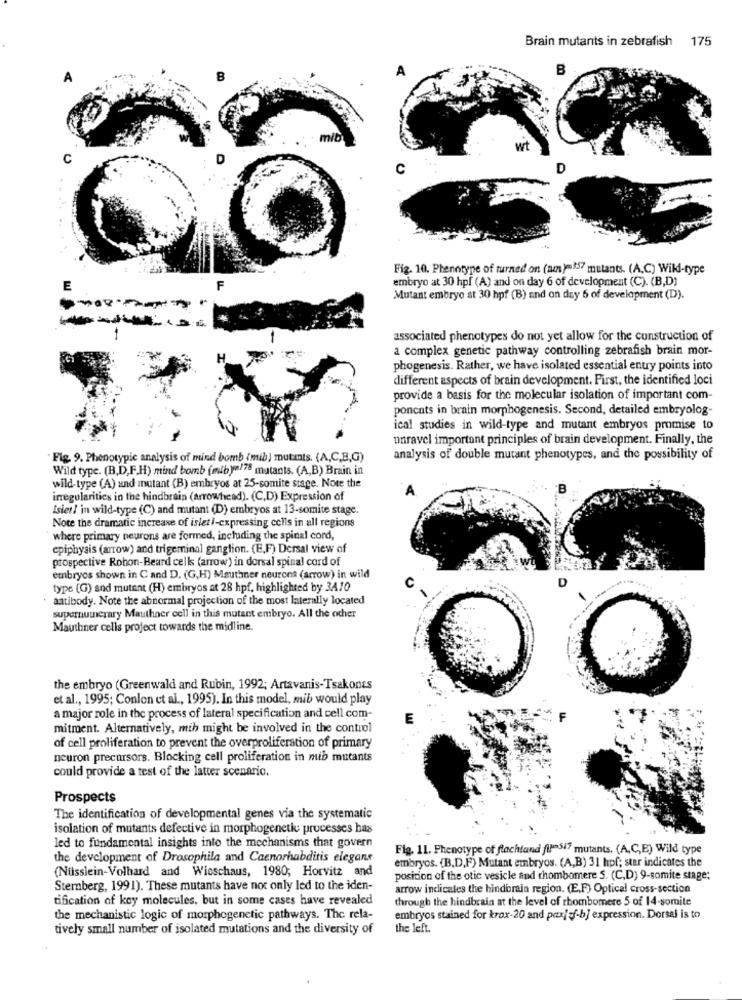
Brain mutants in zebrafish 175
A
B
C
Fig. 10. Phenotype of turned on (am )-337 mutants. (A.C) Wild-type
embryo at 30 hpf (A) and on day 6 of development (C). (B,D]
E
F
Mutant embryo st 30 hpf (B) and on day 5 of development (D).
-
associated phenotypes do not yet allow for the construction of
a complex genetic pathway controlling zebrafish brain mor-
H.
phogenesis. Rather, we have isolated essential entry points into
different aspects of brain development. First, the identified loci
provide a basis for the molecular isolation of important com-
ponents in brain morphogenesis. Second, detailed embryolog-
ical studies in wild-type and mutant embryos promise to
unravel important principles of brain development. Finally, the
Fig. 9. Phenotypic analysis of mind bomb (mib) mutants. (A,C,B,G)
analysis of double mutant phenotypes, and the possibility of
Wild type. (B,D,F.H) mind bomb (mibye/78 mutants. (A,B) Brain in
wild-type (A) and mutant (B) embryos at 25-somite stage. Note the
irregularities in the hindbrain (arrowhead). (C,D) Expression of
Isier! in wild-type (C) and mutant (D) embryos at 13-somite stage.
Note the dramatic increase of isleti-expressing cells in all regions
where primary neurons are formed, including the spinal cord,
epiphysis (arrow) and trigeminal ganglion. (E.F) Dersal view of
prospective Rohon-Beard cells (arrow) in dorsal spinal cord of
embryos shown in C and D. (G,H) Mauthner neurons (arrow) in wild
D
type (G) and mutant (H) embryos at 28 hpf, highlighted by 3A10
antibody. Note the abnormal projection of the most laterally located
supernumerary Mauthner cell in this mutant embryo. All the other
Mauthner cells project towards the midline.
the embryo (Greenwald and Rubin, 1992; Artavanis-Tsakones
et al ., 1995; Conlon et al ., 1995). In this model, mib would play
a major role in the process of lateral specification and cell com-
mitment. Alternatively, mih might be involved in the control
of cell proliferation to prevent the overproliferation of primary
neuron precursors. Blocking cell proliferation in mib mutants
could provide a test of the latter scenario.
Prospects
The identification of developmental genes via the systematic
isolation of mutants defective in morphogenetic processes has
led to fundamental insights into the mechanisms that govern
Fig. 11. Phenotype of flachland filansi? mutants. (A,C,E) Wild type
the development of Drosophila and Caenorhabditis elegans
embryos. (B,D,F) Mutant embryos. (A,B) 31 hpf; star indicates the
(Nüsslein-Volhard and Wieschaus, 1980; Horvitz and
position of the otic vesicle and rhombomere 5. (C,D) 9-somite stage;
Stemberg, 1991). These mutants have not only led to the iden-
arrow indicales the hindbrain region. (E,F) Optical cross-section
tification of key molecules, but in some cases have revealed
through the hindbrain at the level of rhombomere 5 of 14-somite
the mechanistic logic of morphogenetic pathways. The rela-
embryos stained for krox-20 and pax/ f-b] expression. Dorsal is to
tively small number of isolated mutations and the diversity of
the left.